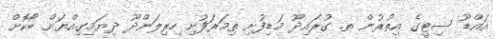
އައްޑޫ ސިޓީގެ އިތުރުން ތ. ގުރައިދޫ މަޑިފުށި ތިމަރަފުށި ހިރިލަންދޫ ދިޔަމިގިއްޔަށް ބޯކޮށް